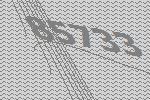
85733